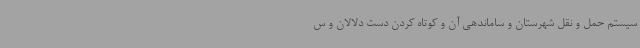
سیستم حمل و نقل شهرستان و ساماندهی آن و کوتاه کردن دست دلالان و س